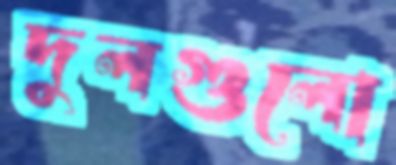
দুলগুলো